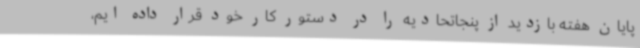
پایان هفته بازدید از پنجاتحادیه را در دستور کار خود قرار داده ایم،